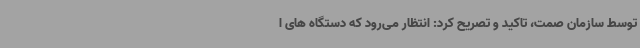
توسط سازمان صمت، تاکید و تصریح کرد: انتظار می‌رود که دستگاه های ا